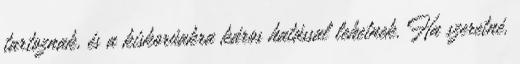
tartoznak, és a kiskorúakra káros hatással lehetnek. Ha szeretné,